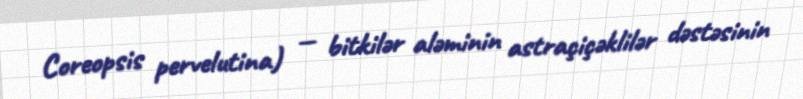
Coreopsis pervelutina) — bitkilər aləminin astraçiçəklilər dəstəsinin